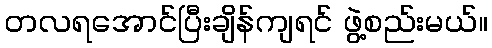
တလရအောင်ပြီးချိန်ကျရင် ဖွဲ့စည်းမယ်။